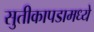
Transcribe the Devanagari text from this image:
सुतीकापडामध्ये